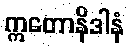
ဣတောနိဒါနံ